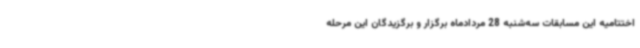
اختتامیه این مسابقات سه‌شنبه 28 مردادماه برگزار و برگزیدگان این مرحله